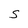
Character: S